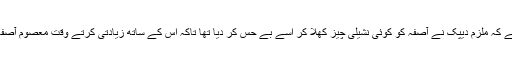
کرائم برانچ تحقیق سے معلوم ہوا ہے کہ ملزم دیپک نے آصفہ کو کوئی نشیلی چیز کھلا کر اُسے بے حس کر دیا تھا تاکہ اُس کے ساتھ زیادتی کرتے وقت معصوم آصفہ چیخنے چِلانے سے قاصر رہے۔